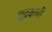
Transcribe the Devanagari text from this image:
शूद्रकाची